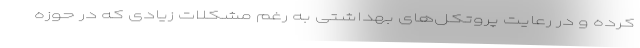
کرده و در رعایت پروتکل‌های بهداشتی به رغم مشکلات زیادی که در حوزه